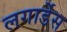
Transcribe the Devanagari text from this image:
लगार्डेस